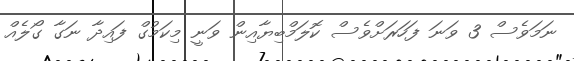
ނަމަވެސް 3 ވަނަ ފަހަރަށްވެސް ކޮލަމްބިޔާއިން ވަނީ މިކަމުގް ފައިދާ ނަގާ ގޯލެއް